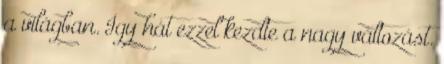
a világban. Így hát ezzel kezdte a nagy változást.